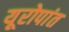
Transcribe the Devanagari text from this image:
यूरोपांत